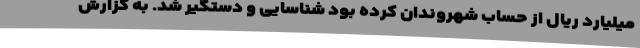
میلیارد ریال از حساب شهروندان کرده بود شناسایی و دستگیر شد. به گزارش